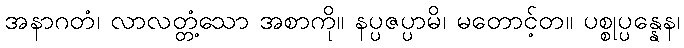
အနာဂတံ၊ လာလတ္တံ့သော အစာကို။ နပ္ပဇပ္ပာမိ၊ မတောင့်တ။ ပစ္စုပ္ပန္နေန၊